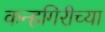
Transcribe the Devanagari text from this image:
कन्हगिरीच्या